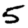
Digit: 5